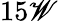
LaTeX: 15\mathscr{W}